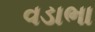
વડાભા